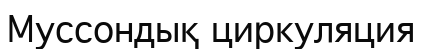
Муссондық циркуляция